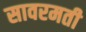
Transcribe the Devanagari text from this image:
सावरमती